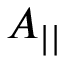
A _ { | | }